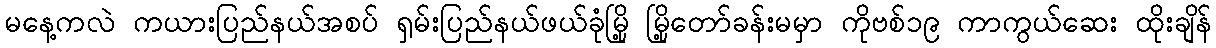
မနေ့ကလဲ ကယားပြည်နယ်အစပ် ရှမ်းပြည်နယ်ဖယ်ခုံမြို့ မြို့တော်ခန်းမမှာ ကိုဗစ်၁၉ ကာကွယ်ဆေး ထိုးချိန်